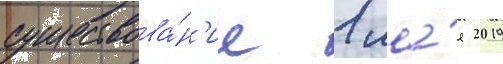
существова́н'ие 1 ма́я 2019